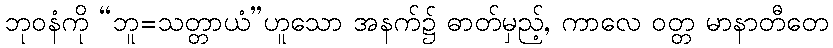
ဘုဝနံကို “ဘူ=သတ္တာယံ”ဟူသော အနက်၌ ဓာတ်မှည့်, ကာလေ ဝတ္တ မာနာတီတေ